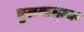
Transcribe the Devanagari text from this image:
तुलनात्म्क